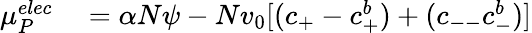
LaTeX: \begin{array}{rl}{{\mu}_{P}^{elec}}&{{}=\alpha N\psi-Nv_{0}[(c_{+}-c_{+}^{b})+(c_{--}c_{-}^{b})]}\end{array}